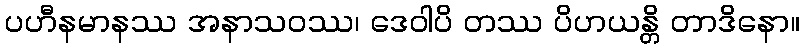
ပဟီနမာနဿ အနာသဝဿ၊ ဒေဝါပိ တဿ ပိဟယန္တိ တာဒိနော။